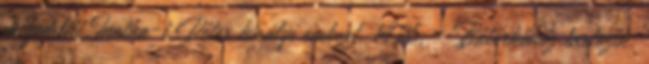
megemlíti Inotha-i Péter királyi embert. 1426. – Bátorkőhöz tartozik: